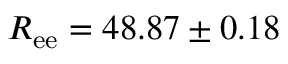
R _ { \mathrm { e e } } = 4 8 . 8 7 \pm 0 . 1 8